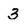
Character: 3